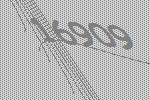
16909